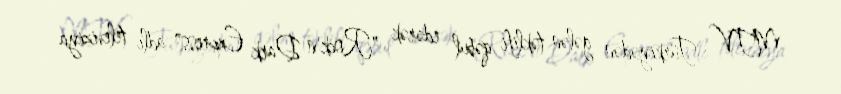
MTV Türkiyədən gələn təklifi qəbul edərək "Rock'n Dark Express" adlı televiziya